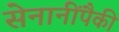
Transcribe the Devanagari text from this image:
सेनानींपैकी